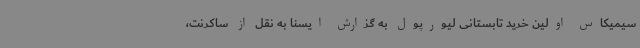
سیمیکاس اولین خرید تابستانی لیورپول به گزارش ایسنا به نقل از ساکرنت،